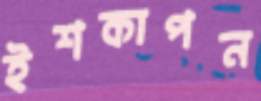
ইশকাপন